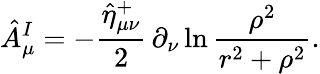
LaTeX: \hat{A}_{\mu}^{I}=-\frac{\hat{\eta}_{\mu\nu}^{+}}2\, \partial_{\nu}\ln\frac{\rho^{2}}{r^{2}+\rho^{2}}.